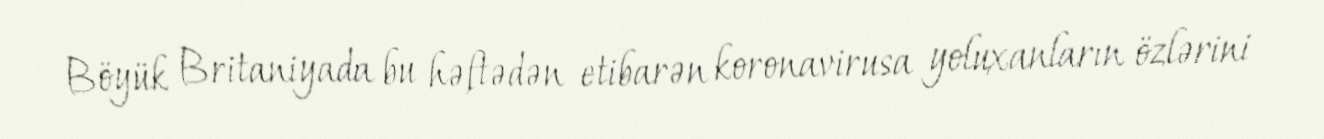
Böyük Britaniyada bu həftədən etibarən koronavirusa yoluxanların özlərini